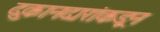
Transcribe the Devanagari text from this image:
दुकानदारांकडून